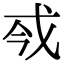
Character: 𢦟